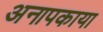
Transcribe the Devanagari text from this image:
अनापकाया